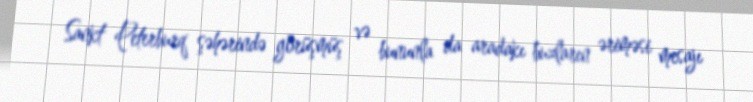
Sankt Peterburq şəhərində görüşmüş və bununla da aradakı buzların əriməsi mesajı